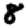
Digit: 8